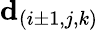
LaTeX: \mathbf{d}_{(i\pm 1,j,k)}